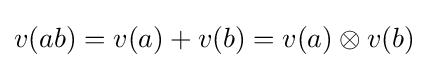
v(ab)=v(a)+v(b)=v(a)\otimes v(b)